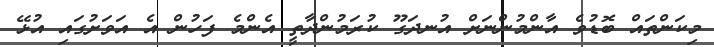
މިކަންތައް ބޮޑުވެ އާންމުންނަށް އުނދަގޫ ކުރަމުންދާތީ އެންމެ ފަހުން އެ އަވަށުގައި އުޅޭ